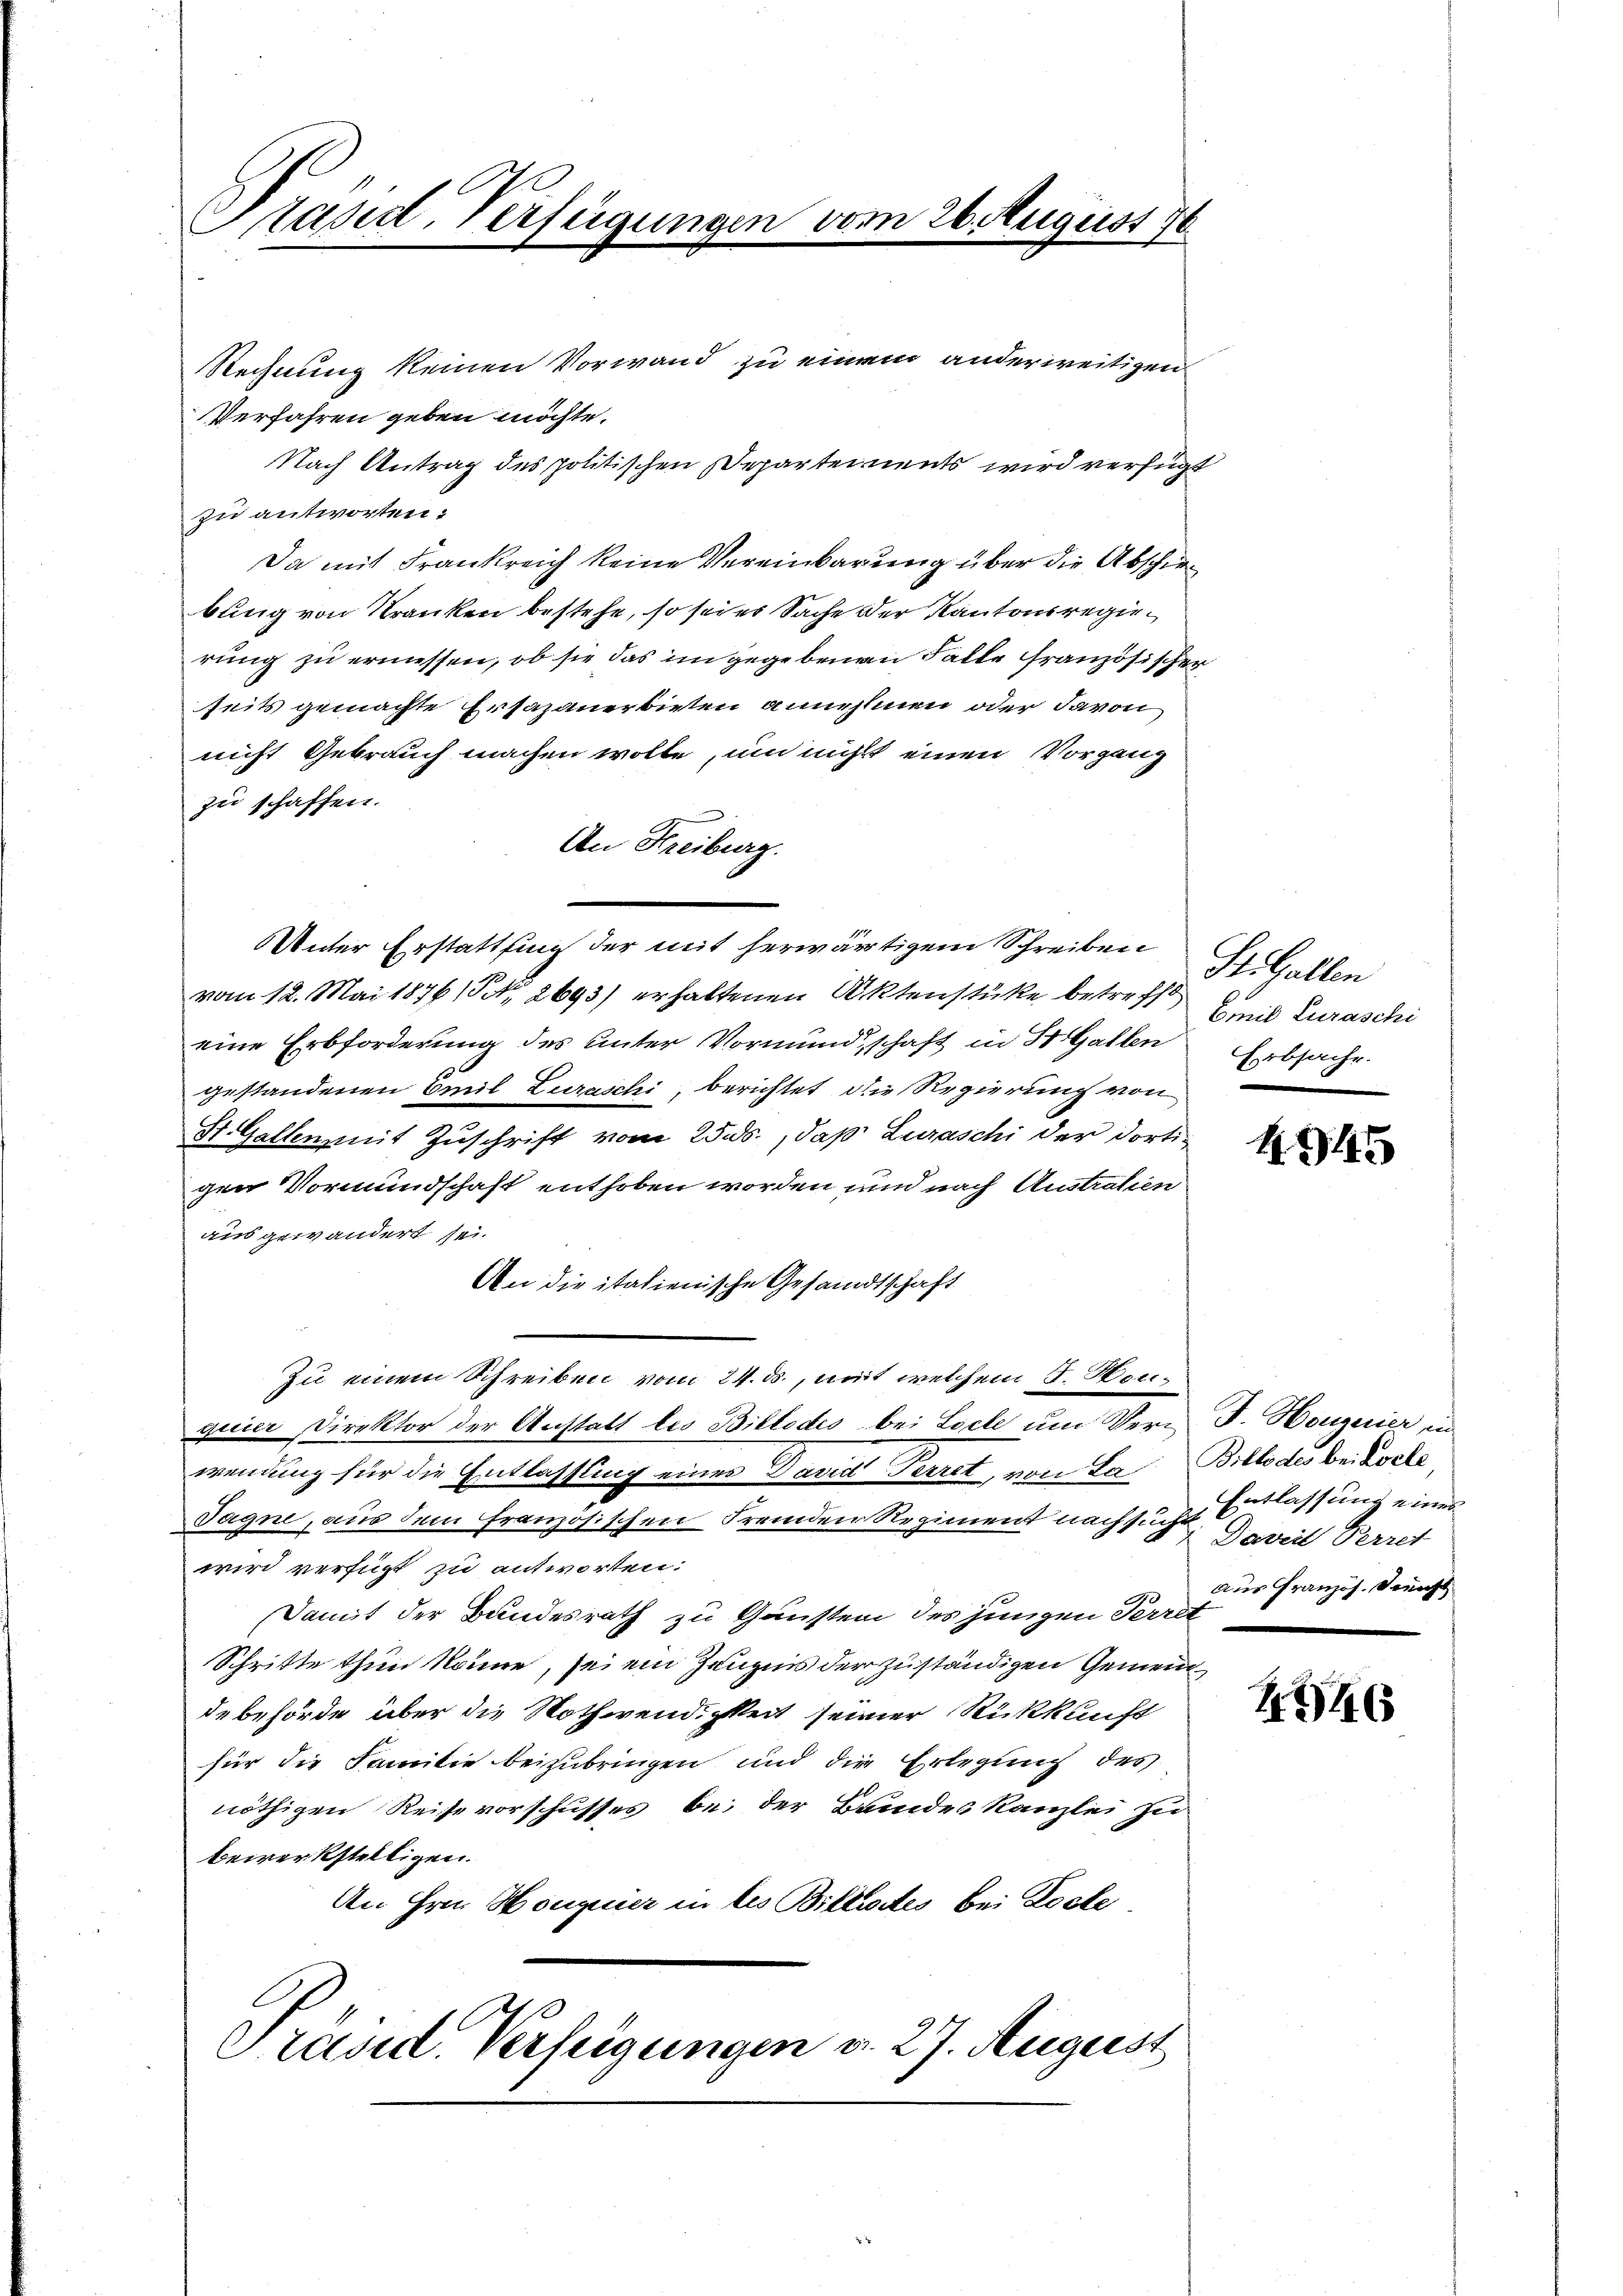
Präsid. Verfügungen vom 26. August 78

zu antworten:
nicht Gebrauch machen wolle, um nicht einen Vorgang
zu schaffen.
An Freiburg.
Unter Erstattung der mit herwärtigem Schreiben
vom 12. Mai 1876, § 2693) erhaltenen Aktenstücke betreff
eine Erbforderung des unter Vormundschaft in St. Gallen
gestandenen Emil Zuraschi, berichtet die Regierung von
St. Gallen, mit Zuschrift vom 25. ds., daß Luraschi der dortigen Vormundschaft enthoben worden und nach Australien
aus gewändert sei.
An die italienische Gesandtschaft
Zu einem Schreiben vom 24. ds., mit welchem J. Hongeier Direktor der Anstalt les Billodis bei Loche um Bern J. Hougerier, in
wendung für die Entlassung eines David Perret, von da Bitto des bei Docks
Tagne, aus dem französischen Fremden Regiment nachsich Davert Perret
wird verfügt zu antworten:
Damit der Bundesrath zu Gunsten des jungen Perret
Schritte thun könne, sei ein Zeugnis der zuständigen Gemeinde Behörde über die Nothwendigkeit seiner Rückkunft
für die Familie beizubringen und die Erlegung des
nöthigen Reise vorschusses bei der Bandes Kanzlei zu
bewerkstelligen.
An Hrn. Houguier in des Billirtes bei Docte,
Präsid. Verfügungen v. 27. August

Rechnung keinen Vorwand zu einem anderweitigen
Verfahren geben möchte.
Nach Antrag des politischen Departernents wird verfügt
Da mit Frankreich keine Vereinbarung über die Abschiebung von Kranken bestehe, so sei es Sache der Kantonsregierung zu ermessen, ob sie das im gegebenen Falle französischer
seits gemachte Ersazanerbieten annehmen oder davon

St.Gallen
Emil Euraschi
Erbsache.

4945

Entlassung eines
aus Französ. Dienst

1846